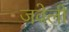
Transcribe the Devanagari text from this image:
जवेली